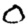
Digit: 0